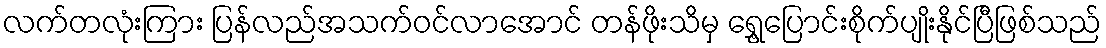
လက်တလုံးကြား ပြန်လည်အသက်ဝင်လာအောင် တန်ဖိုးသိမှ ရွှေ့ပြောင်းစိုက်ပျိုးနိုင်ပြီဖြစ်သည်